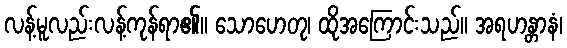
လန့်မူလည်းလန့်ကုန်ရာ၏။ သောဟေတု၊ ထိုအကြောင်းသည်။ အရဟန္တာနံ၊